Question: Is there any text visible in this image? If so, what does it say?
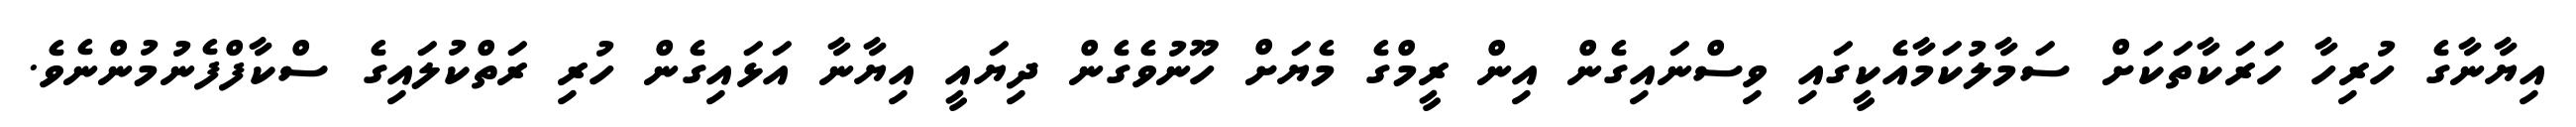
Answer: އިޔާނާގެ ހުރިހާ ހަރަކާތަކަށް ސަމާލުކަމާއެކީގައި ވިސްނައިގެން އިން ރީމްގެ މެޔަށް ހޫނުވެގެން ދިޔައީ އިޔާނާ އަޅައިގެން ހުރި ރަތްކުލައިގެ ސްކާފްފެނުމުންނެވެ.